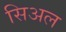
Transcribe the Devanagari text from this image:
सिअल